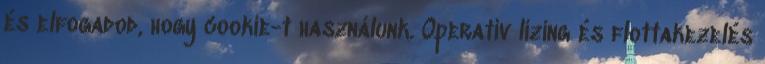
és elfogadod, hogy cookie-t használunk. Operatív lízing és flottakezelés